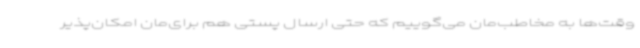
وقت‌ها به مخاطب‌مان می‌گوییم که حتی ارسال پستی هم برای‌مان امکان‌پذیر